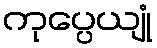
ကုပ္ပေယျုံ